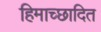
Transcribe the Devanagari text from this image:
हिमाच्‍छादित